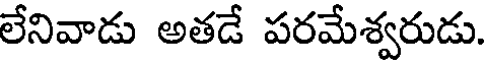
లేనివాడు అతడే పరమేశ్వరుడు.